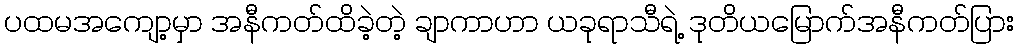
ပထမအကျော့မှာ အနီကတ်ထိခဲ့တဲ့ ချာကာဟာ ယခုရာသီရဲ့ ဒုတိယမြောက်အနီကတ်ပြား